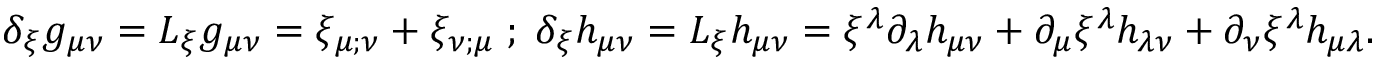
\delta _ { \xi } g _ { \mu \nu } = { \cal L } _ { \xi } g _ { \mu \nu } = \xi _ { \mu ; \nu } + \xi _ { \nu ; \mu } \; ; \; \delta _ { \xi } h _ { \mu \nu } = { \cal L } _ { \xi } h _ { \mu \nu } = \xi ^ { \lambda } \partial _ { \lambda } h _ { \mu \nu } + \partial _ { \mu } \xi ^ { \lambda } h _ { \lambda \nu } + \partial _ { \nu } \xi ^ { \lambda } h _ { \mu \lambda } .